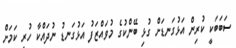
ސަބަބަކީ ކުރިން އަޅުގަނޑަށް ގުޅި ބޭންކުގެ މުވައްޒަފު އަޅުގަނޑު ނުދައްކާ ހުރި ކަމަށް